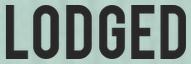
LODGED